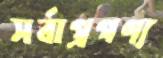
সর্বাগ্রগণ্য